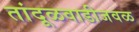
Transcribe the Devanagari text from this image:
तांदूळवाडीजवळ